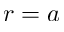
r = a